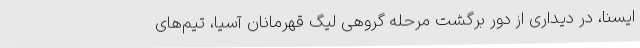
ایسنا، در دیداری از دور برگشت مرحله گروهی لیگ قهرمانان آسیا، تیم‌های